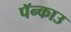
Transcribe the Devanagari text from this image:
पॅन्काउ